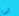
شيء